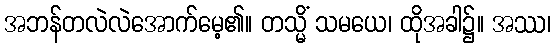
အဘန်တလဲလဲအောက်မေ့၏။ တသ္မိံ သမယေ၊ ထိုအခါ၌။ အဿ၊